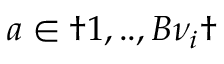
a \in \dag { 1 , . . , B { \nu } _ { i } \dag }